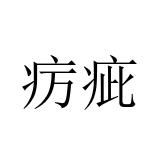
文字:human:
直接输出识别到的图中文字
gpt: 疠疵